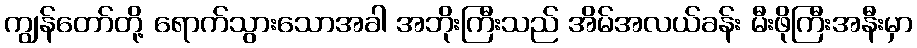
ကျွန်တော်တို့ ရောက်သွားသောအခါ အဘိုးကြီးသည် အိမ်အလယ်ခန်း မီးဖိုကြီးအနီးမှာ